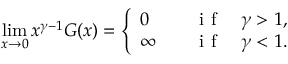
\operatorname* { l i m } _ { x \to 0 } x ^ { \gamma - 1 } G ( x ) = \left\{ \begin{array} { l l } { 0 \quad } & { \mathrm { ~ i ~ f ~ } \quad \gamma > 1 , } \\ { \infty \quad } & { \mathrm { ~ i ~ f ~ } \quad \gamma < 1 . } \end{array} \right.